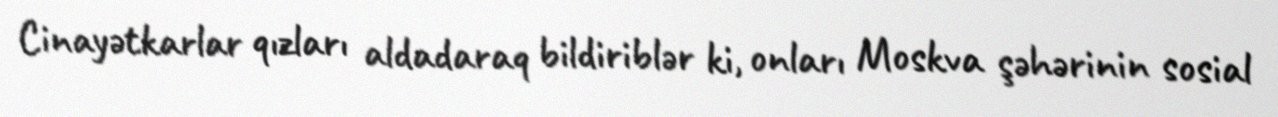
Cinayətkarlar qızları aldadaraq bildiriblər ki, onları Moskva şəhərinin sosial